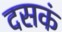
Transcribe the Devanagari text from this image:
दसकं